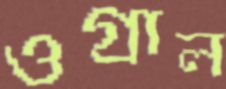
ওগ্‌রাল